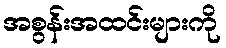
အစွန်းအထင်းများကို